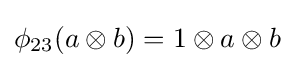
\phi _{23}(a\otimes b)=1\otimes a\otimes b